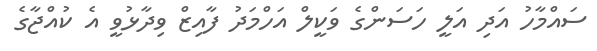
ސައްމާހު އަދި އަލީ ހަސަންގެ ވަކީލް އަހްމަދު ފާއިޒް ވިދާޅުވީ އެ ކުއްޖާގެ